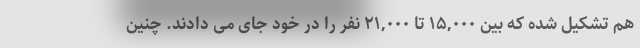
هم تشکیل شده که بین ۱۵,۰۰۰ تا ۲۱,۰۰۰ نفر را در خود جای می دادند. چنین